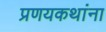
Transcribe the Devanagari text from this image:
प्रणयकथांना